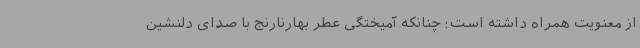
از معنویت همراه داشته است؛ چنانکه آمیختگی عطر بهارنارنج با صدای دلنشین